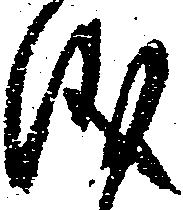
儀